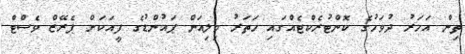
ތިން އަހަރު ދުވަހުގެ ކޮންޓުރެކްޓެއްގައި ހަތަރު މިލިއަން ޕައުންޑުގެ ފީއަކަށް ޕެރޭޒް ވެސްޓް